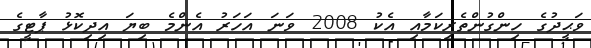
ވަޙީދުގެ ހިންގުންތެރިކަމާއި އެކު 2008 ވަނަ އަހަރު އެންމެ ބިޔަ އިދިކޮޅު ޕާޓީގެ